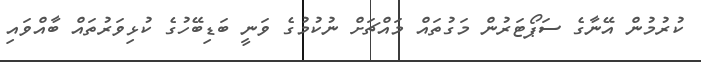
ކުރުމުން އޭނާގެ ސަޕޯޓަރުން މަގުތައް މައްޗަށް ނުކުމުގެ ވަނީ ބަޑިބޭހުގެ ކުޅިވަރުތައް ބާއްވައި